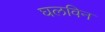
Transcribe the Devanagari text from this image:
घलविन